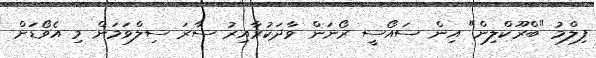
ފިލްމު "ބްރޫކްލިން" އިން ސައޯސީ ރޯނަން ވާދަކުރާއިރު ސާރަ ސިލްވަމަން މި އެވޯޑަށް